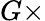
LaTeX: G\times